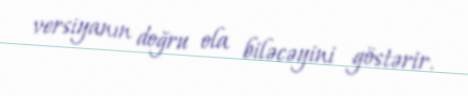
versiyanın doğru ola biləcəyini göstərir.